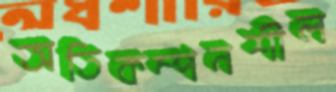
অতিকম্পনশীল